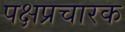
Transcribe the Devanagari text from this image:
पक्षप्रचारक